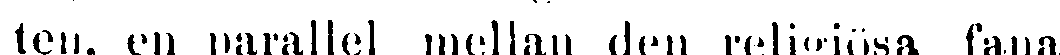
ten, en parallel mellan den religiösa fana-